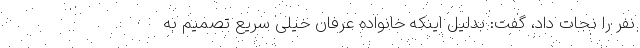
نفر را نجات داد، گفت: بدلیل اینکه خانواده عرفان خیلی سریع تصمیم به